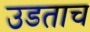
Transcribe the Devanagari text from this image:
उडताच